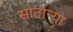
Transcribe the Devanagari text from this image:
सातार्‍या